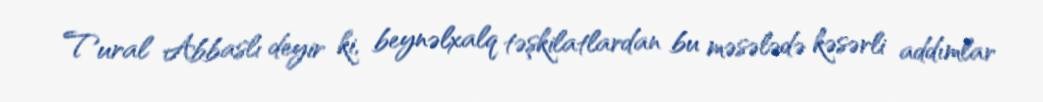
Tural Abbaslı deyir ki, beynəlxalq təşkilatlardan bu məsələdə kəsərli addımlar